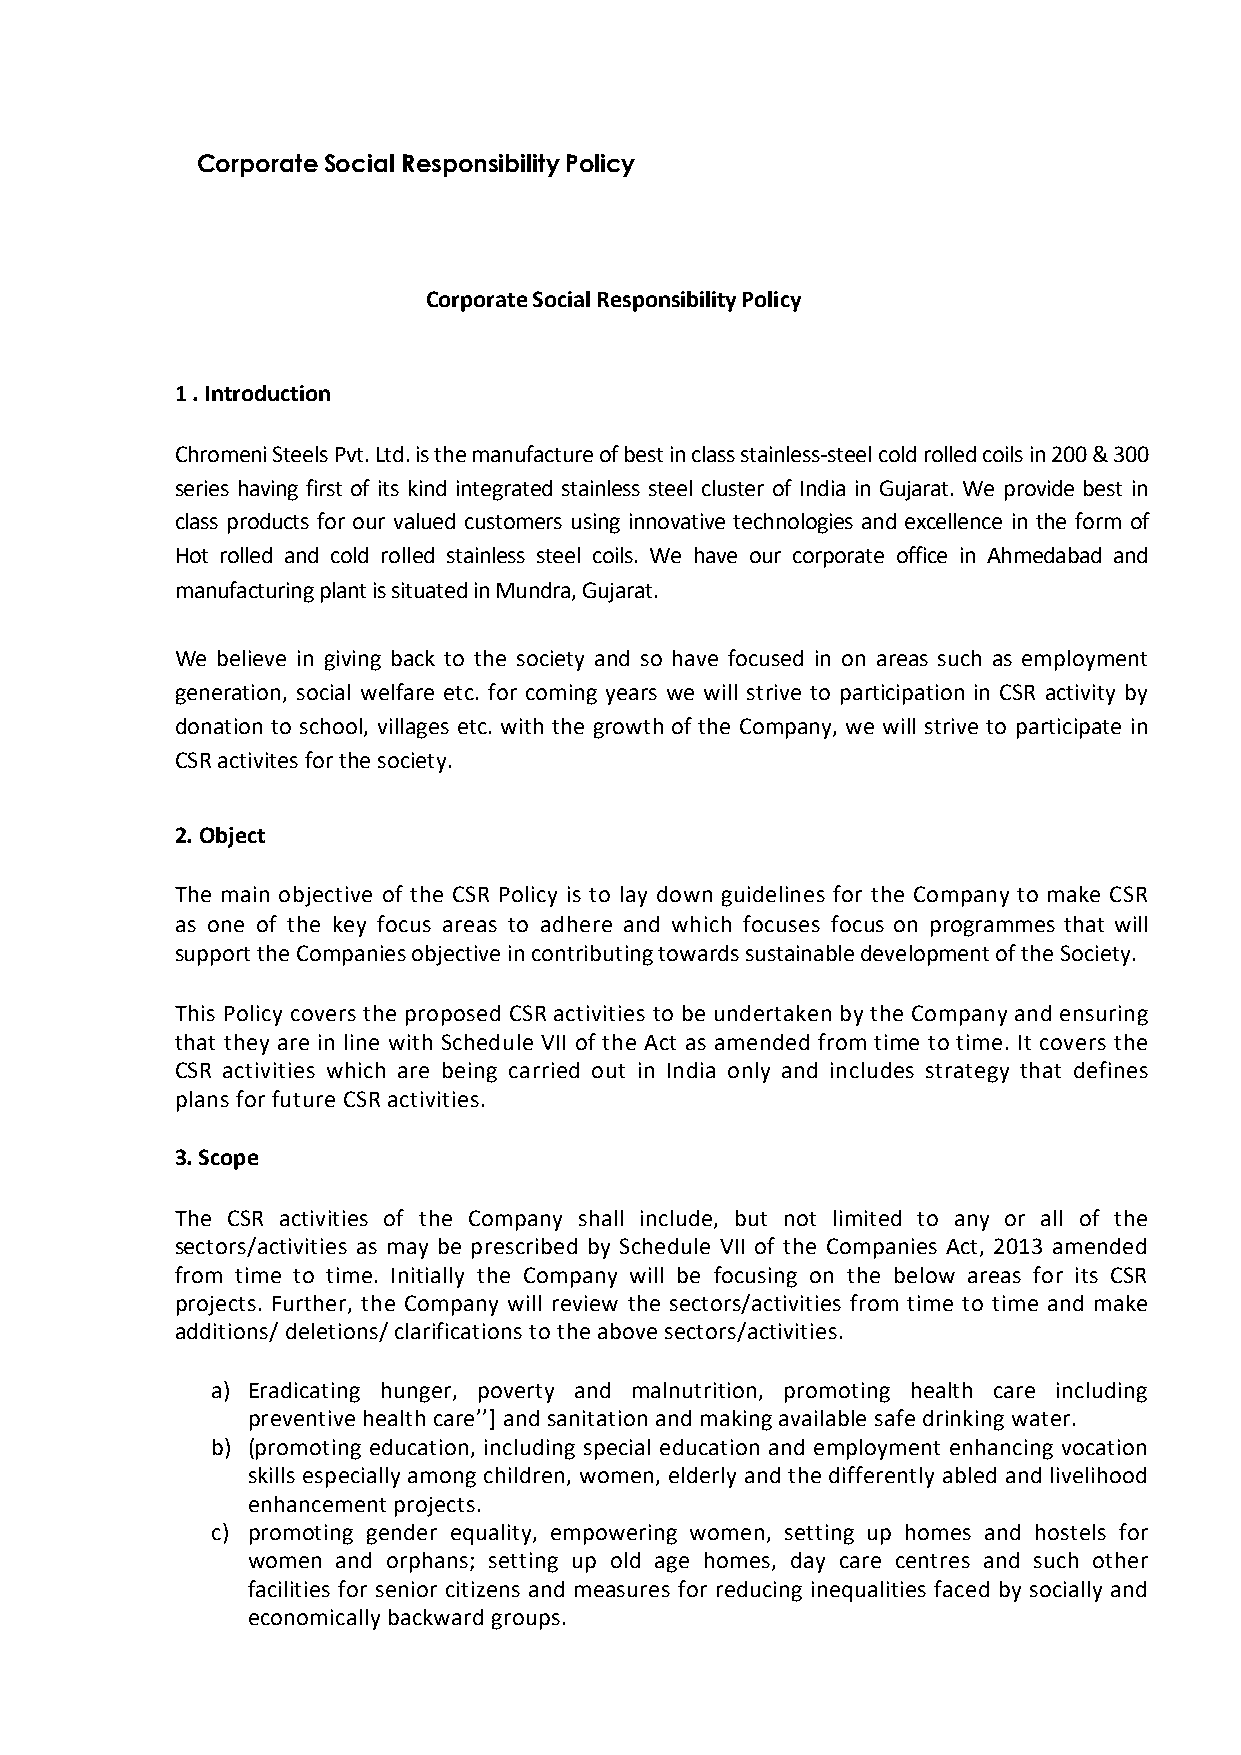
Corporate Social Responsibility Policy
 Corporate Social Responsibility Policy
 1 . Introduction
 Chromeni Steels Pvt. Ltd. is the manufacture of best in class stainless-steel cold rolled coils in 200 & 300
 series having first of its kind integrated stainless steel cluster of India in Gujarat. We provide best in
 class products for our valued customers using innovative technologies and excellence in the form of
 Hot rolled and cold rolled stainless steel coils. We have our corporate office in Ahmedabad and
 manufacturing plant is situated in Mundra, Gujarat.
 We believe in giving back to the society and so have focused in on areas such as employment
 generation, social welfare etc. for coming years we will strive to participation in CSR activity by
 donation to school, villages etc. with the growth of the Company, we will strive to participate in
 CSR activites for the society.
 2. Object
 The main objective of the CSR Policy is to lay down guidelines for the Company to make CSR
 as one of the key focus areas to adhere and which focuses focus on programmes that will
 support the Companies objective in contributing towards sustainable development of the Society.
 This Policy covers the proposed CSR activities to be undertaken by the Company and ensuring
 that they are in line with Schedule VII of the Act as amended from time to time. It covers the
 CSR activities which are being carried out in India only and includes strategy that defines
 plans for future CSR activities.
 3. Scope
 The CSR activities of the Company shall include, but not limited to any or all of the
 sectors/activities as may be prescribed by Schedule VII of the Companies Act, 2013 amended
 from time to time. Initially the Company will be focusing on the below areas for its CSR
 projects. Further, the Company will review the sectors/activities from time to time and make
 additions/ deletions/ clarifications to the above sectors/activities.
 a) Eradicating hunger, poverty and malnutrition, promoting health care including
 preventive health care’’] and sanitation and making available safe drinking water.
 b) (promoting education, including special education and employment enhancing vocation
 skills especially among children, women, elderly and the differently abled and livelihood
 enhancement projects.
 c) promoting gender equality, empowering women, setting up homes and hostels for
 women and orphans; setting up old age homes, day care centres and such other
 facilities for senior citizens and measures for reducing inequalities faced by socially and
 economically backward groups.